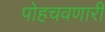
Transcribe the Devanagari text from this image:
पोहचवणारी